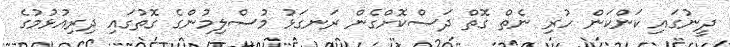
ދީނުގައި ކަންކަން ހުރި ނެތް ގޮތް ދަސްކޮށްގެން ރަނގަޅު މުސްލިމުންގެ ގޮތުގައި ދިރިއުޅުމުގެ